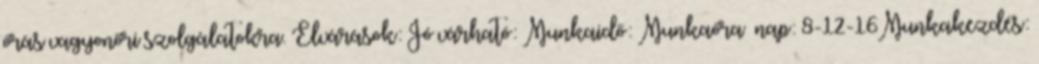
órás vagyonőri szolgálatokra. Elvárások: Jó várható: Munkaidő: Munkaóra nap: 8-12-16Munkakezdés: